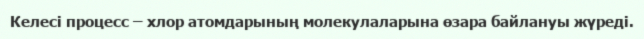
Келесі процесс – хлор атомдарының молекулаларына өзара байлануы жүреді.